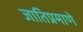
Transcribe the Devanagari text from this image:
जातिप्रमाणे